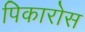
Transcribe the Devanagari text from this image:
पिकारोस